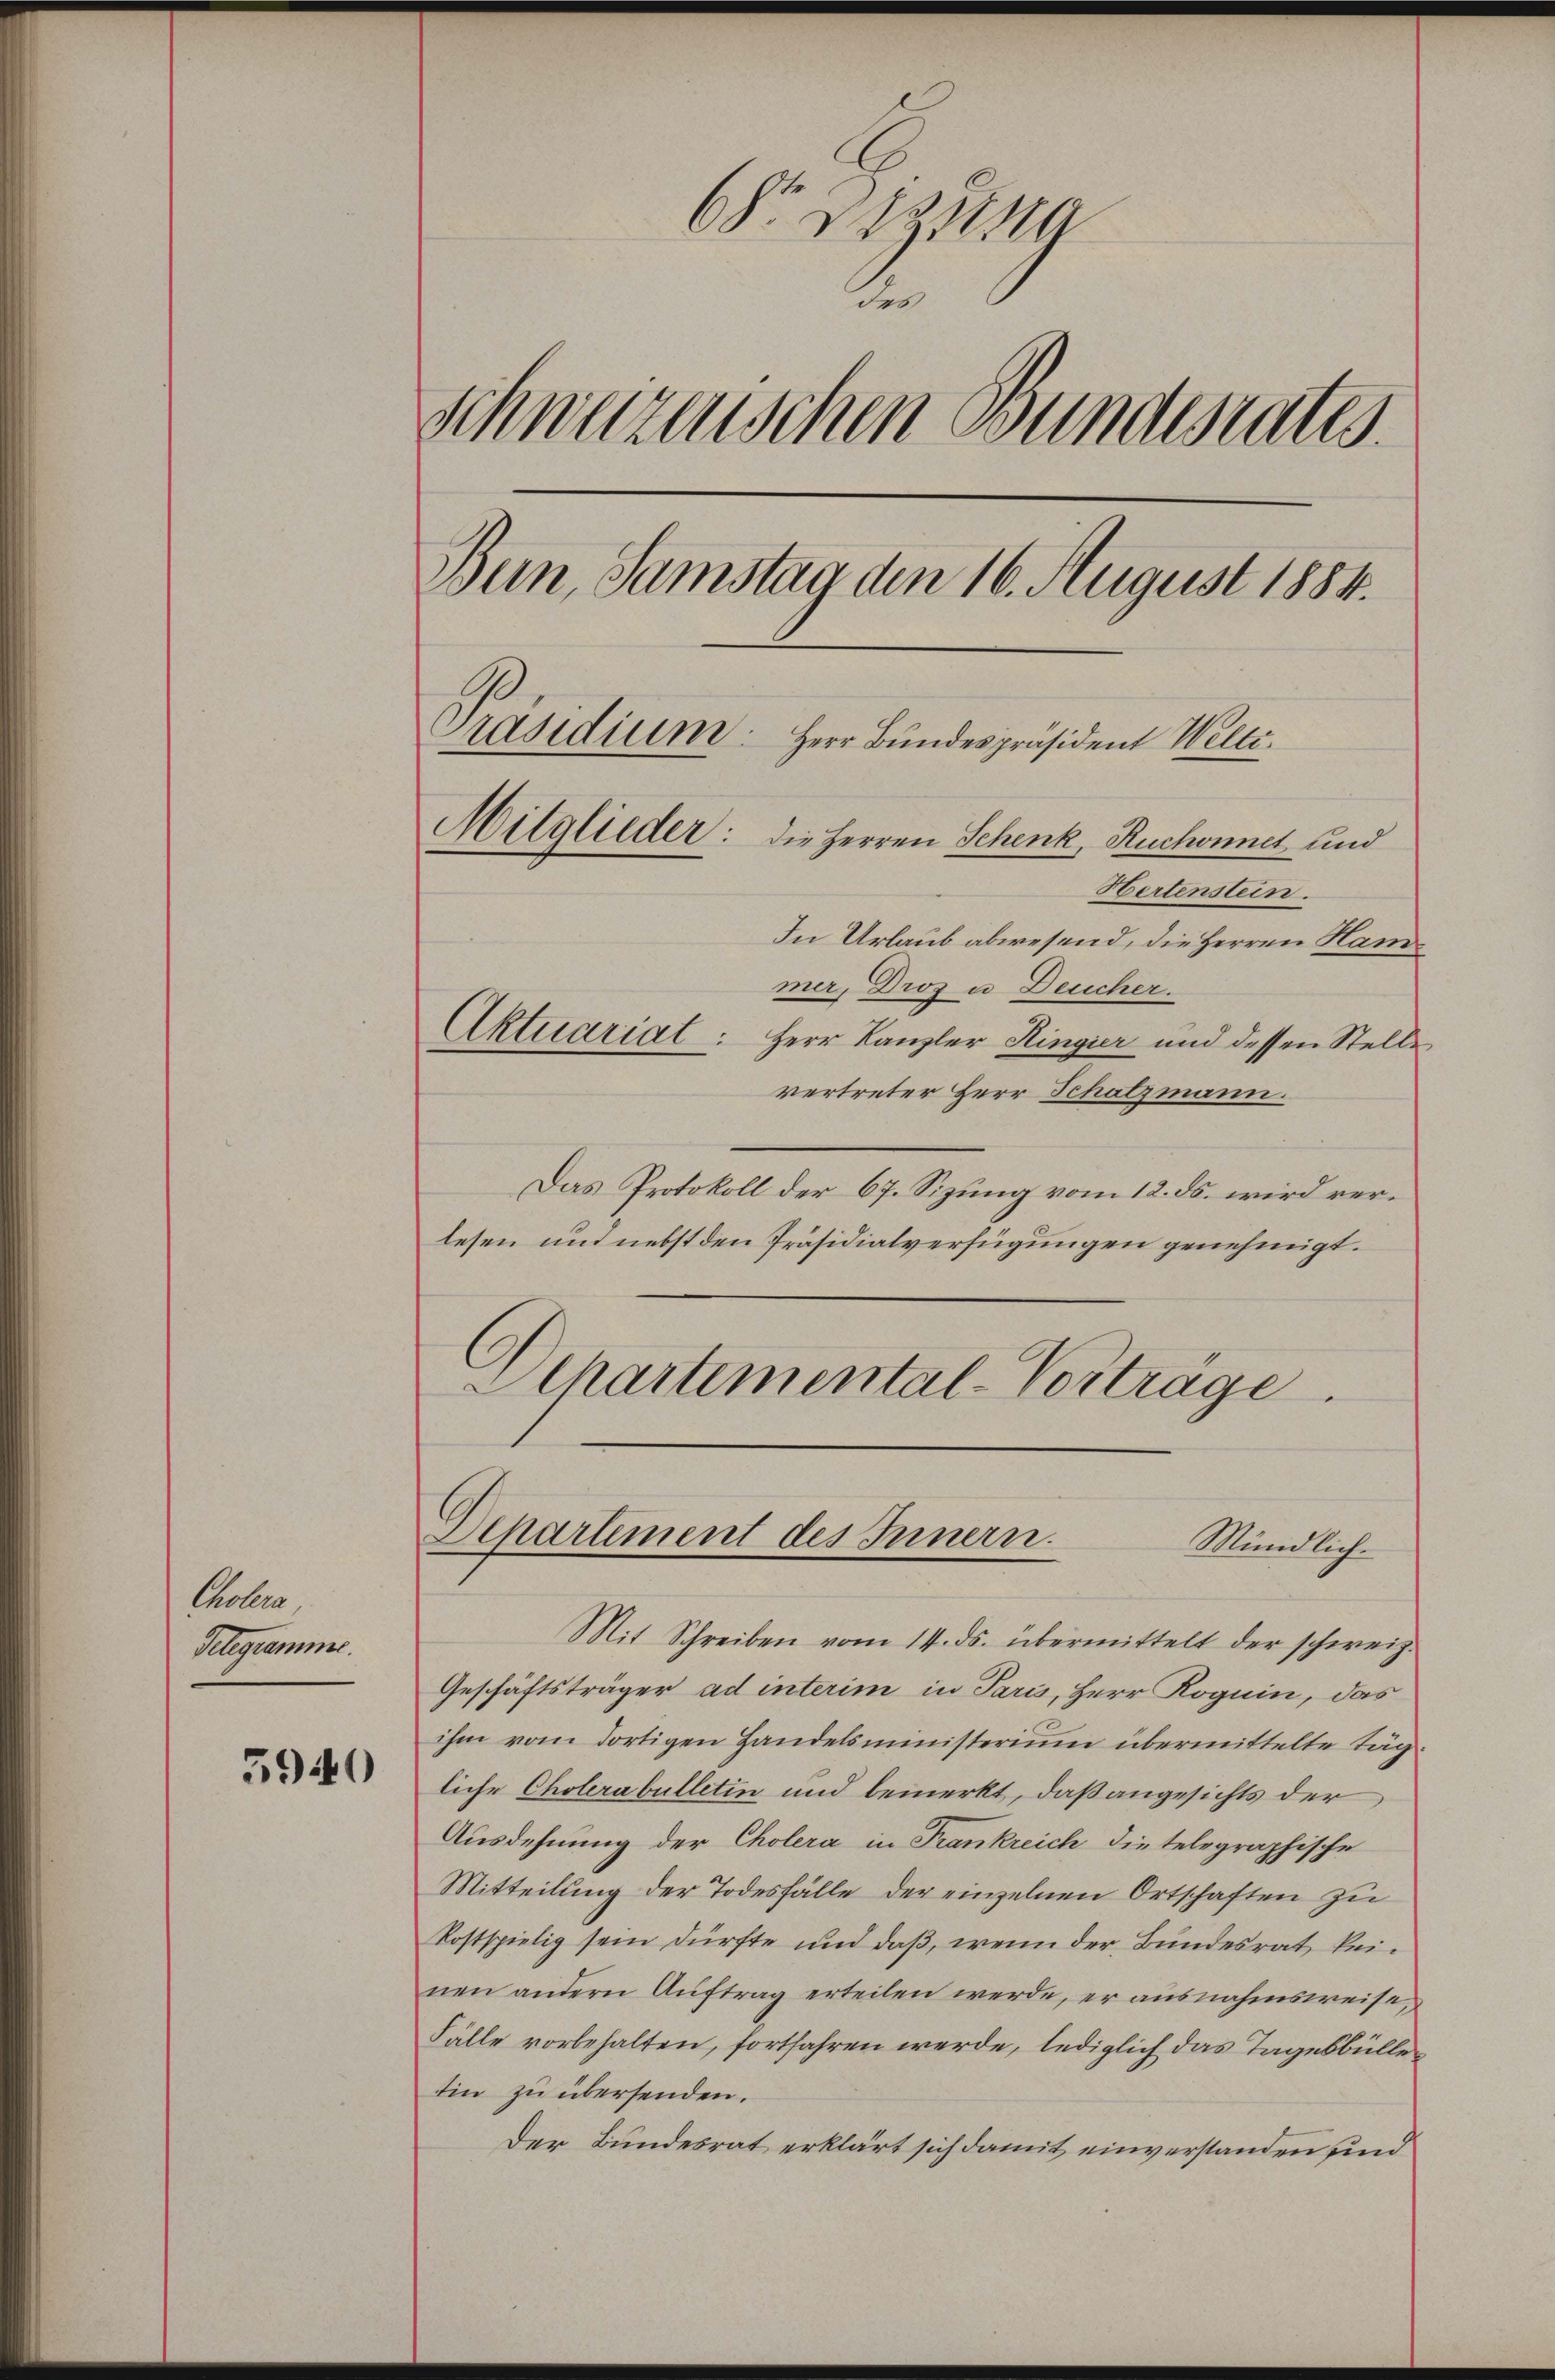
Cholera
Telegramme.

5940

68 Z. 19
2.
Schweizerischen Bundesrates.
Bun, Samstag den 16. August 1884.
Präsidium. Herr Bundespräsident Welti.
Mitglieder: die Herren Schenk, Ruchonnet und
Hertenstein.
In Urlaub abwesend, die Herren Hammer, Droz u Deucher.
Aktuariat: Herr Kanzler Ringier und dessen Stelle

vertreter Herr Schatzmann.
Das Protokoll der 67. Sizung vom 12. ds. wird verlesen und nebst den Präsidialverfügungen genehmigt.
Departemental-Vorträge.

Departement des Innern.
Mündlich-

Mit Schreiben vom 14. ds. übermittelt der schweiz.
Geschäftsträger ad interim in Paris, Herr Roguin, das
ihm vom dortigen Handelsministerium übermittelte Tagliche Cholerabulletin und bemerkt, daß angesichts der
Ausdehnung der Cholera in Frankreich die telegraphische
Mitteilung der Todesfälle der einzelnen Ortschaften zu
kostspielig sein dürfte und daß, wenn der Bundesrat keinen andern Aŭftrag erteilen werde, er ausnahmsweise
Fälle vorbehalten, fortfahren werde, lediglich das Tagesbülle
tin zu übersenden.
Der Bundesrat erklärt sich damit einverstanden sind